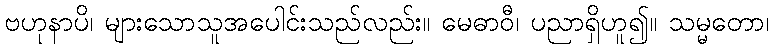
ဗဟုနာပိ၊ များသောသူအပေါင်းသည်လည်း။ မေဓာဝီ၊ ပညာရှိဟူ၍။ သမ္မတော၊